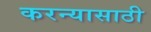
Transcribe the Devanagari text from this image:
करन्यासाठी